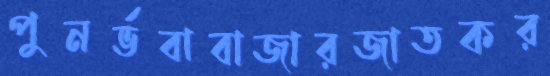
পুনর্ভবাবাজারজাতকর